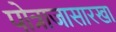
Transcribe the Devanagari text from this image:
पोत्राजासारखा